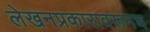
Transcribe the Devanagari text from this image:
लेखनप्रकारावरूनच